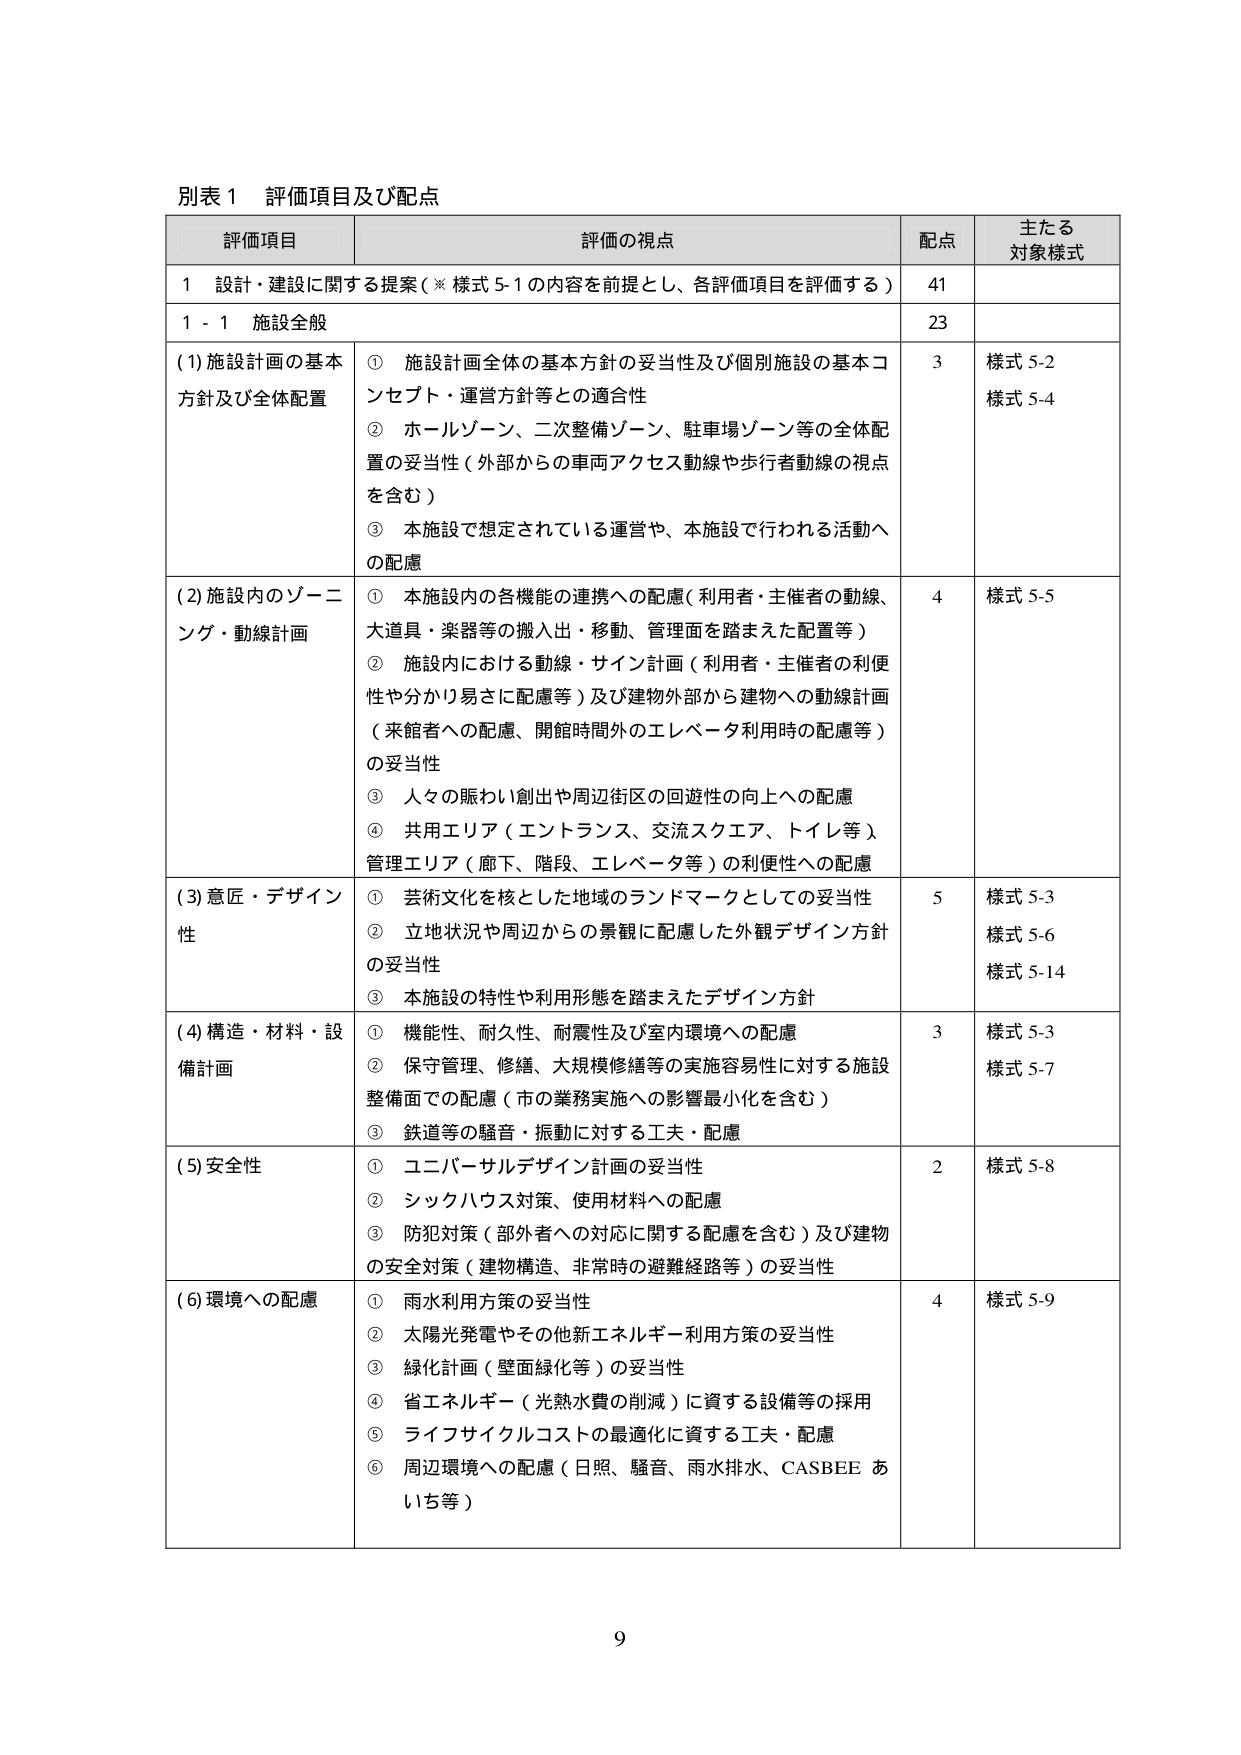
別表１ 評価項目及び配点

評価項目 評価の視点 配点 主たる対象様式

１ 設計・建設に関する提案（※様式５-１の内容を前提とし、各評価項目を評価する） 41

１-１ 施設全般 23

(1)施設計画の基本方針及び全体配置 ① 施設計画全体の基本方針の妥当性及び個別施設の基本コンセプト・運営方針等との適合性 3 様式５-２ 様式５-４
② ホールゾーン、二次整備ゾーン、駐車場ゾーン等の全体配置の妥当性（外部からの車両アクセス動線や歩行者動線の視点を含む）
③ 本施設で想定されている運営や、本施設で行われる活動への配慮

(2)施設内のゾーニング・動線計画 ① 本施設内の各機能の連携への配慮（利用者・主催者の動線、大道具・楽器等の搬入出・移動、管理面を踏まえた配置等） 4 様式５-５
② 施設内における動線・サイン計画（利用者・主催者の利便性や分かり易さに配慮等）及び建物外部から建物への動線計画（来館者への配慮、開館時間外のエレベータ利用時の配慮等）の妥当性
③ 人々の賑わい創出や周辺街区の回遊性の向上への配慮
④ 共用エリア（エントランス、交流スクエア、トイレ等）、管理エリア（廊下、階段、エレベータ等）の利便性への配慮

(3)意匠・デザイン性 ① 芸術文化を核とした地域のランドマークとしての妥当性 5 様式５-３ 様式５-６ 様式５-14
② 立地状況や周辺からの景観に配慮した外観デザイン方針の妥当性
③ 本施設の特性や利用形態を踏まえたデザイン方針

(4)構造・材料・設備計画 ① 機能性、耐久性、耐震性及び室内環境への配慮 3 様式５-３ 様式５-７
② 保守管理、修繕、大規模修繕等の実施容易性に対する施設整備面での配慮（市の業務実施への影響最小化を含む）
③ 鉄道等の騒音・振動に対する工夫・配慮

(5)安全性 ① ユニバーサルデザイン計画の妥当性 2 様式５-８
② シックハウス対策、使用材料への配慮
③ 防犯対策（部外者への対応に関する配慮を含む）及び建物の安全対策（建物構造、非常時の避難経路等）の妥当性

(6)環境への配慮 ① 雨水利用方策の妥当性 4 様式５-９
② 太陽光発電やその他新エネルギー利用方策の妥当性
③ 緑化計画（壁面緑化等）の妥当性
④ 省エネルギー（光熱水費の削減）に資する設備等の採用
⑤ ライフサイクルコストの最適化に資する工夫・配慮
⑥ 周辺環境への配慮（日照、騒音、雨水排水、CASBEE あいち等）

9